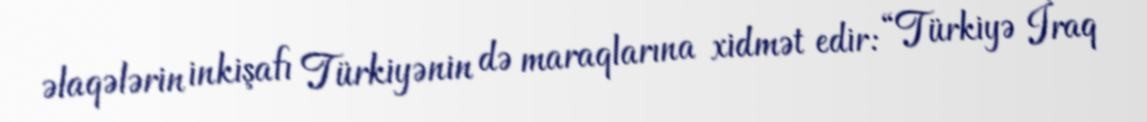
əlaqələrin inkişafı Türkiyənin də maraqlarına xidmət edir: “Türkiyə İraq